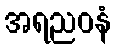
အရညဝနံ